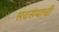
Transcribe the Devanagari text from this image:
सदसयाची